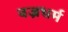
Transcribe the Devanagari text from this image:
वज्रधर्म